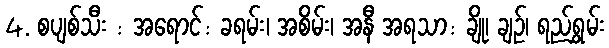
4. စပျစ်သီး : အရောင်: ခရမ်း၊ အစိမ်း၊ အနီ အရသာ: ချို၊ ချဉ်၊ ရည်ရွှမ်း